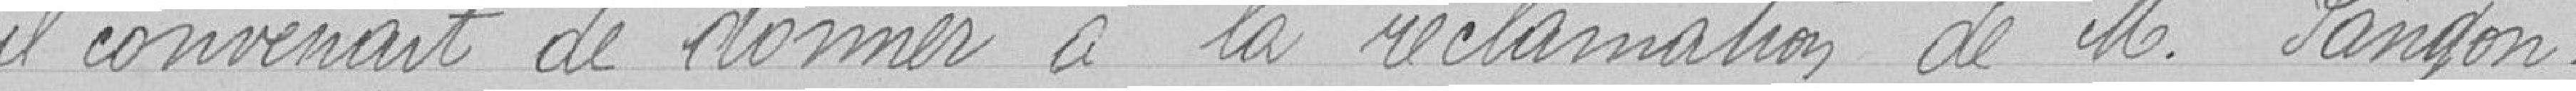
il convenait de donner à la réclamation de M. Pangon;